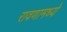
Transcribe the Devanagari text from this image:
रावणामध्ये